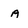
Character: a